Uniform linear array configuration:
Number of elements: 64
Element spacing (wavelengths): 0.75
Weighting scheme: cosine
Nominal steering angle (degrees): -15
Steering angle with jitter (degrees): -15.567
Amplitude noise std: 0.05
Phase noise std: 0.05

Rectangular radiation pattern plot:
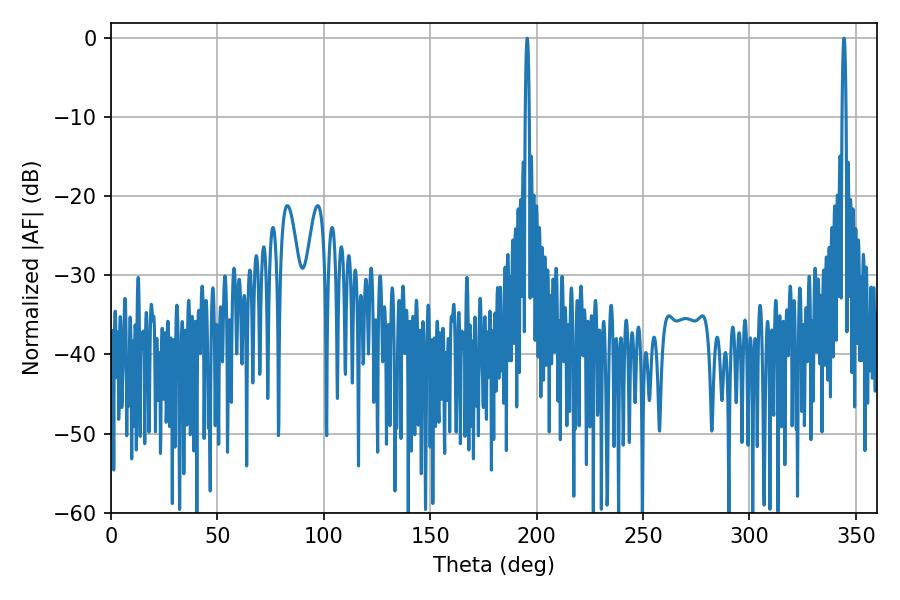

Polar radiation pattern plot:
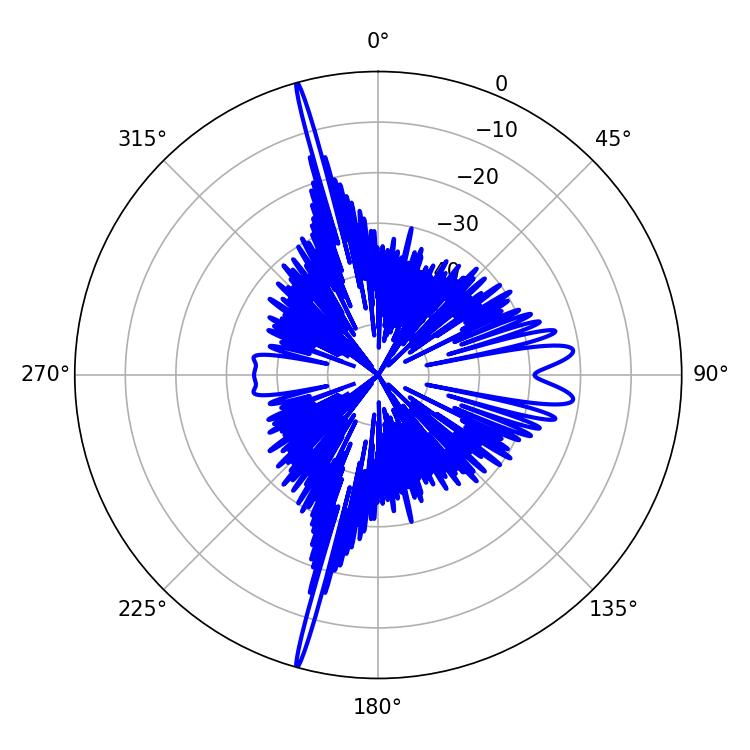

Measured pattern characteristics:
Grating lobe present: TRUE
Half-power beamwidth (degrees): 0.9
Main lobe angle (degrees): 344.52